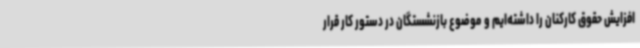
افزایش حقوق کارکنان را داشته‌ایم و موضوع بازنشستگان در دستور کار قرار